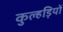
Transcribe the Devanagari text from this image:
कुल्हड़ियों